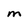
Character: m